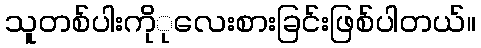
သူတစ်ပါးကိုုလေးစားခြင်းဖြစ်ပါတယ်။